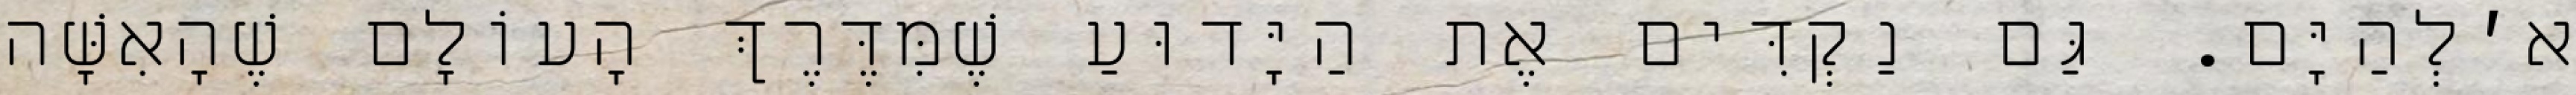
א׳לְהַיָּם. גַּם נַקְדִּים אֶת הַיָּדוּעַ שֶׁמִּדֶּרֶךְ הָעוֹלָם שֶׁהָאִשָּׁה